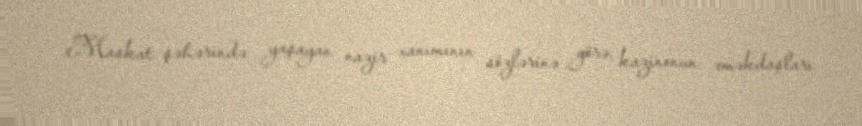
Maskat şəhərində yaşayan nazir xanımının sözlərinə görə, kazinonun əməkdaşları